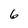
Character: 6